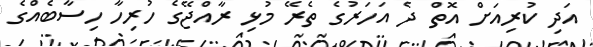
އަދި ކުރިއަށް އޮތް ދެ އަހަރުގެ ތެރޭ މުޅި ރާއްޖޭގެ ހުރިހާ ހިސާބެއްގެ